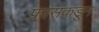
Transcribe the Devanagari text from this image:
फ्रांसकडून